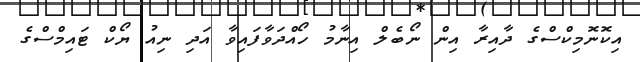
އިކޮނޮމިކްސްގެ ދާއިރާ އިން ނޯބެލް އިނާމު ހޯއްދަވާފައިވާ އަދި ނިއު ޔޯކް ޓައިމްސްގެ